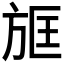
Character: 𣃱